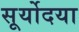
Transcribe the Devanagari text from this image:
सूर्योदया